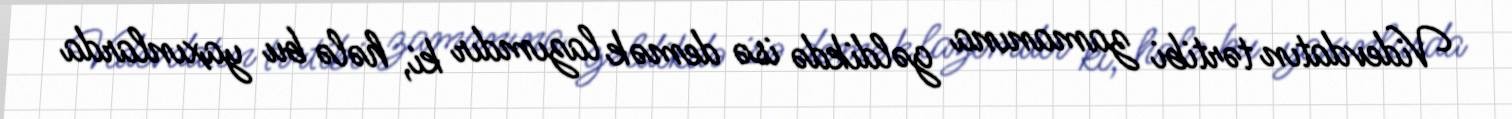
Videvdatın tərtibi zamanına gəldikdə isə demək lazımdır ki, hələ bu yaxınlarda